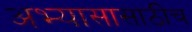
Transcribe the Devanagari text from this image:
अभ्यासासाठीच